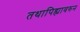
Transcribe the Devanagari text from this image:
तथापिह्यावरुन